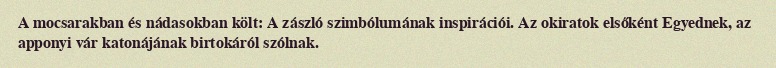
A mocsarakban és nádasokban költ: A zászló szimbólumának inspirációi. Az okiratok elsőként Egyednek, az apponyi vár katonájának birtokáról szólnak.